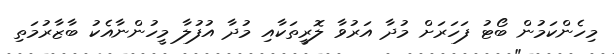
މިހެންކަމުން ބޯޓު ފަހަރަށް މުދާ އަރުވާ ލޮރީތަކާއި މުދާ އުފުލާ މީހުންނާއެކު ބާޒާރުމަތި